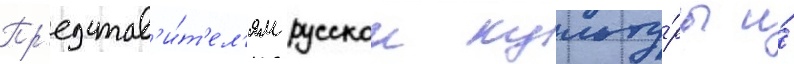
Пр'едстав'и́т'ел'ям русскои культу́ры и́